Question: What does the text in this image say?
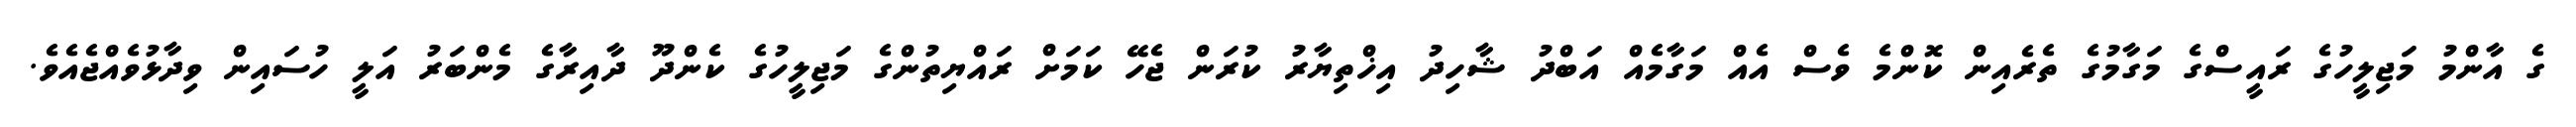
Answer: ގެ އާންމު މަޖިލީހުގެ ރައީސްގެ މަގާމުގެ ތެރެއިން ކޮންމެ ވެސް އެއް މަގާމެއް އަބްދު ޝާހިދު އިޚްތިޔާރު ކުރަން ޖެހޭ ކަމަށް ރައްޔިތުންގެ މަޖިލީހުގެ ކެންދޫ ދާއިރާގެ މެންބަރު އަލީ ހުސައިން ވިދާޅުވެއްޖެއެވެ.